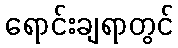
ရောင်းချရာတွင်